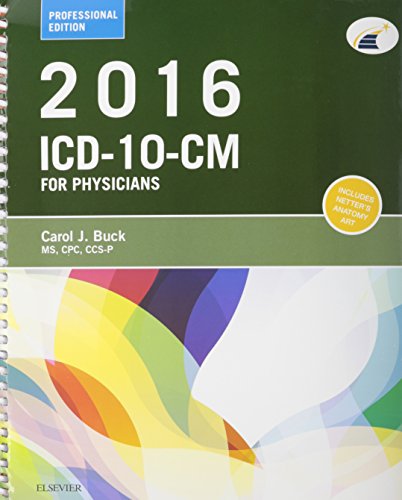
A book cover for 2016 ICD-10-CM Physician Professional Edition (Spiral bound), 2015 HCPCS Professional Edition and AMA 2015 CPT Professional Edition Package, 1e; Carol J. Buck MS  CPC  CCS-P; Medical Books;